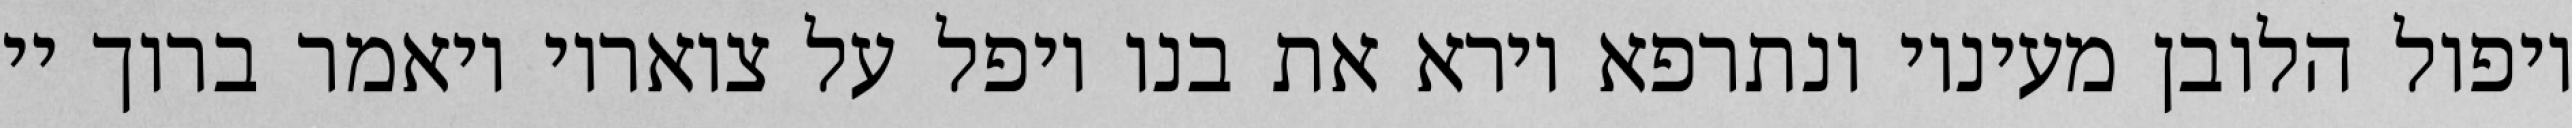
ויפול הלובן מעיניו ונתרפא וירא את בנו ויפל על צואריו ויאמר ברוך יי